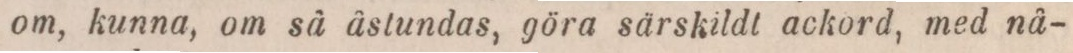
om, kunna, om så åstundas, göra särskildl ackord, med nå-